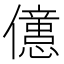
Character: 𠐥